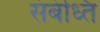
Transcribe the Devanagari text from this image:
संबंध्ति